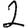
Digit: 2